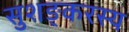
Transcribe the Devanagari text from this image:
सुशङ्करस्य